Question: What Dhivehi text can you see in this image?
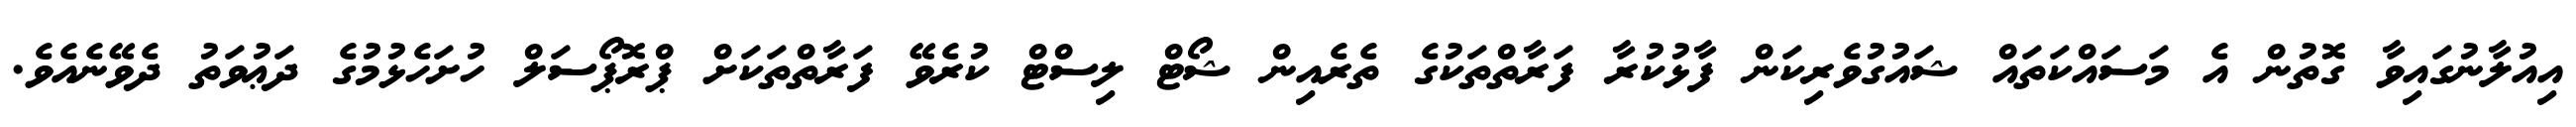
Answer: އިއުލާނުގައިވާ ގޮތުން އެ މަސައްކަތައް ޝައުގުވެރިކަން ފާޅުކުރާ ފަރާތްތަކުގެ ތެރެއިން ޝޯޓް ލިސްޓް ކުރެވޭ ފަރާތްތަކަށް ޕްރޮޕޯސަލް ހުށަހެޅުމުގެ ދަޢުވަތު ދެވޭނެއެވެ.